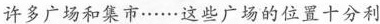
许多广场和集市……这些广场的位置十分利